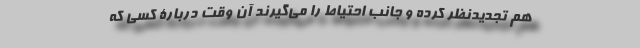
هم تجدید‌نظر کرده و جانب احتیاط را می‌گیرند آن وقت دربارۀ کسی که